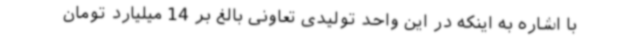
با اشاره به اینکه در این واحد تولیدی تعاونی بالغ بر 14 میلیارد تومان